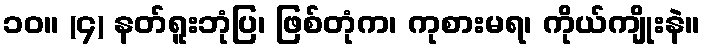
၁၀။ (၄) နတ်ရူးဘုံပြ၊ ဖြစ်တုံက၊ ကုစားမရ၊ ကိုယ်ကျိုးနဲ။